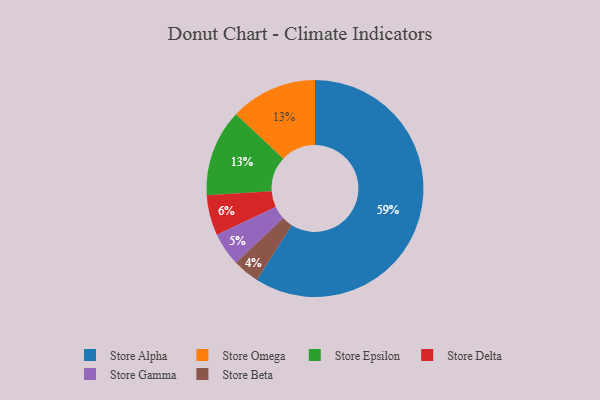
{"axis": {"x": "Category", "y": "Percentage"}, "legend": ["Store Alpha", "Store Beta", "Store Delta", "Store Epsilon", "Store Gamma", "Store Omega"], "data": [{"x": "Store Omega", "y": 13, "type": "Store Omega"}, {"x": "Store Alpha", "y": 59, "type": "Store Alpha"}, {"x": "Store Epsilon", "y": 13, "type": "Store Epsilon"}, {"x": "Store Delta", "y": 6, "type": "Store Delta"}, {"x": "Store Beta", "y": 4, "type": "Store Beta"}, {"x": "Store Gamma", "y": 5, "type": "Store Gamma"}]}